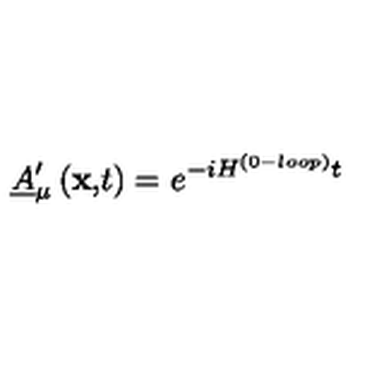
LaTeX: \underline { { A } } _ { \mu } ^ { \prime } \left( \mathbf { x , } t \right) = e ^ { - i H ^ { ( 0 - l o o p ) } t }